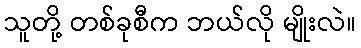
သူတို့ တစ်ခုစီက ဘယ်လို မျိုးလဲ။